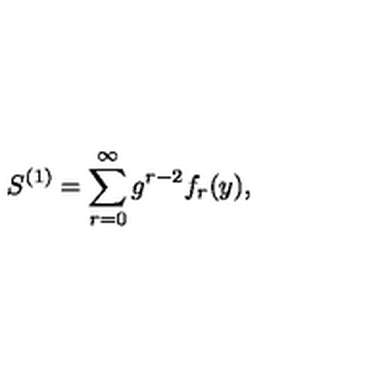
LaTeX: S ^ { ( 1 ) } = \sum _ { r = 0 } ^ { \infty } g ^ { r - 2 } f _ { r } ( y ) ,